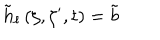
LaTeX: \tilde { h } _ { \ell } \left( \zeta , \zeta ^ { \prime } , t \right) = \tilde { b }